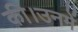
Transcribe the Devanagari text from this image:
की।उनमें